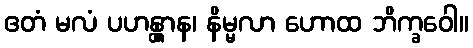
ဧတံ မလံ ပဟန္တွာန၊ နိမ္မလာ ဟောထ ဘိက္ခဝေါ။